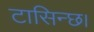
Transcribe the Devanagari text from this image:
टासिन्छ।